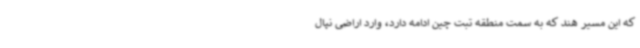
که این مسیر هند که به سمت منطقه تبت چین ادامه دارد، وارد اراضی نپال